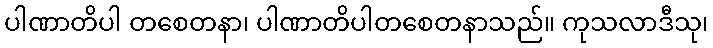
ပါဏာတိပါ တစေတနာ၊ ပါဏာတိပါတစေတနာသည်။ ကုသလာဒီသု၊